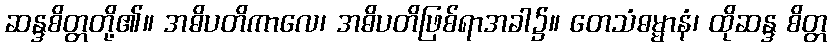
ဆန္ဒစိတ္တတို့၏။ အဓိပတိကာလေ၊ အဓိပတိဖြစ်ရာအခါ၌။ တေသံဓမ္မာနံ၊ ထိုဆန္ဒ စိတ္တ